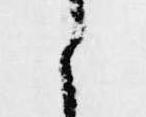
候